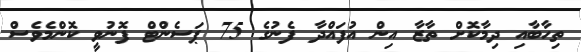
ތިހާބާއި ދިމާކޮށް ތާޒާ އިން އުފައްދާ ފެނުގެ 75 ޕަސެންޓް ފޮނުވީ ކޮންމެވެސް